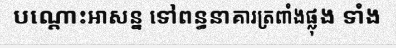
បណ្តោះអាសន្ន ទៅពន្ធនាគារត្រពាំងផ្លុង ទាំង